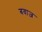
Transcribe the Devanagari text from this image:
बवाज़